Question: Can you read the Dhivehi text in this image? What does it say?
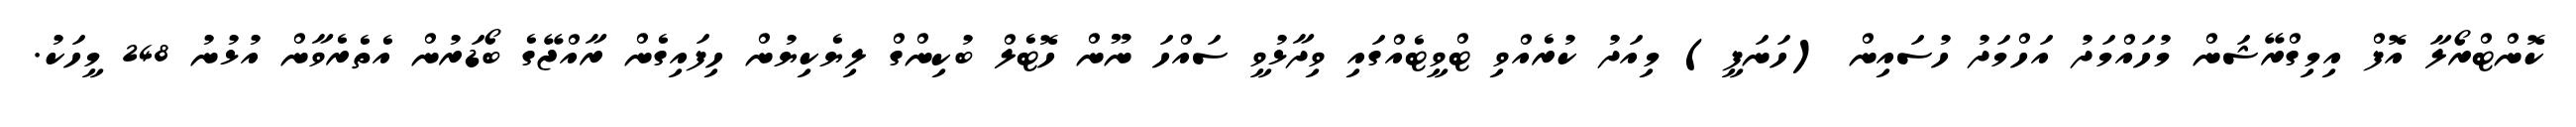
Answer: ކޮންޓްރޯލާ އޮފް އިމިގްރޭޝަން މުހައްމަދު އަހްމަދު ހުސައިން (ހަނަފީ) މިއަދު ކުރެއްވި ޓްވީޓެއްގައި ވިދާޅުވީ ސައްހަ ނޫން ހޮޓެލް ބުކިންގް ލިޔެކިޔުން ހިފައިގެން ރާއްޖޭގެ ބޯޑަރުން އެތެރެވާން އުޅުނު 248 މީހަކު.